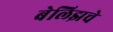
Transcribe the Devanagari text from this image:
बेलिझचे